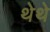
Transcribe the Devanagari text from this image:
थेथे